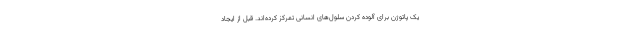
یک پاتوژن برای آلوده کردن سلول‌های انسانی تمرکز کرده‌اند. قبل از ایجاد